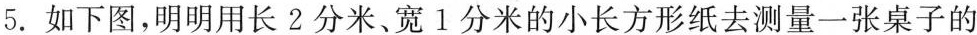
5.如下图，明明用长2分米、宽1分米的小长方形纸去测量一张桌子的